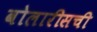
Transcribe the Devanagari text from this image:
वोलारीसची